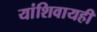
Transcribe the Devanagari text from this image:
यांशिवायही